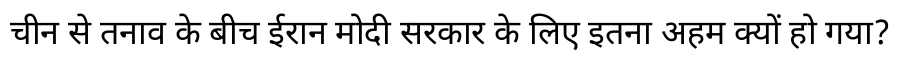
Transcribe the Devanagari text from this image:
चीन से तनाव के बीच ईरान मोदी सरकार के लिए इतना अहम क्यों हो गया?